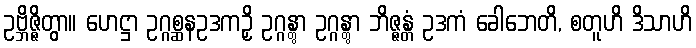
ဥဗ္ဘိဇ္ဇိတွာ။ ဟေဋ္ဌာ ဥဂ္ဂစ္ဆနဥဒကဉှိ ဥဂ္ဂန္တွာ ဥဂ္ဂန္တွာ ဘိဇ္ဇန္တံ ဥဒကံ ခေါဘေတိ, စတူဟိ ဒိသာဟိ